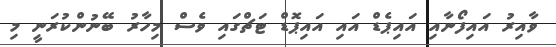
ވާއިރު އައިފޯނާއި އައިޕެޑް އައި އައިޕޮޑް ޓަޗްގައި ވެސް މިހާރު ބޭނުންކުރަނީ މި